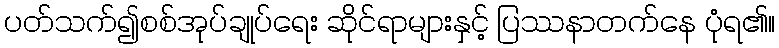
ပတ်သက်၍စစ်အုပ်ချုပ်ရေး ဆိုင်ရာများနှင့် ပြဿနာတက်နေ ပုံရ၏။